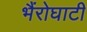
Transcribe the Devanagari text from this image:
भैंरोघाटी